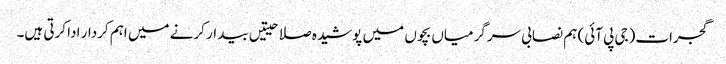
گجرات(جی پی آئی) ہم نصابی سرگرمیاں بچوں میں پوشیدہ صلاحیتیں بیدار کرنے میں اہم کردار ادا کرتی ہیں۔